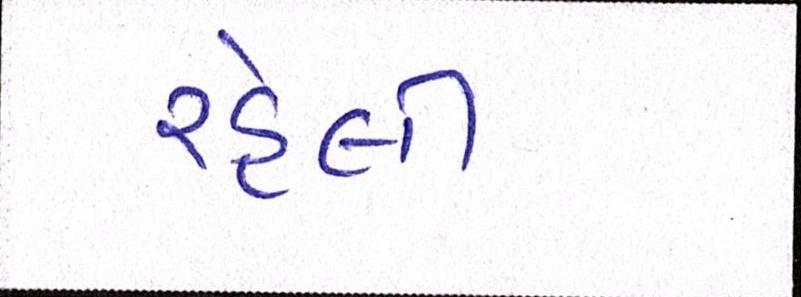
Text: રહેલી